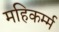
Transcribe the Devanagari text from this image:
महिकर्म्म